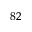
^ { 8 2 }